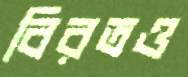
বিরতও